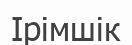
Ірімшік